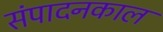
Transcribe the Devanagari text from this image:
संपादनकाल